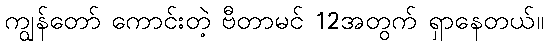
ကျွန်တော် ကောင်းတဲ့ ဗီတာမင် 12အတွက် ရှာနေတယ်။